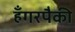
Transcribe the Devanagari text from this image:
हँगरपैकी